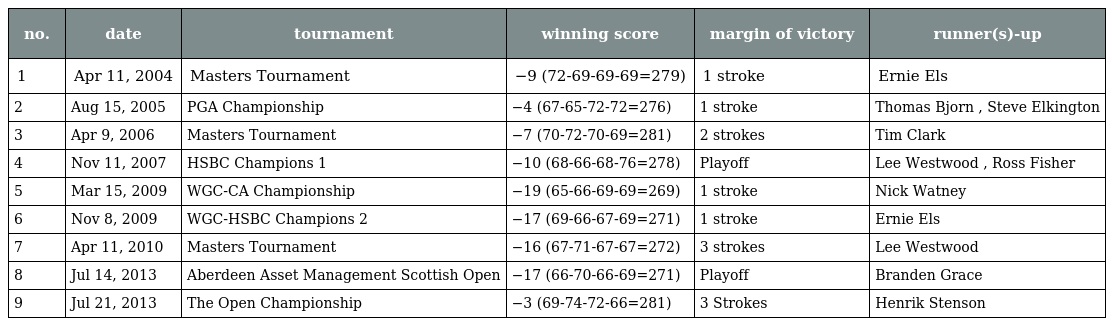
| no. | date | tournament | winning score | margin of victory | runner(s)-up |
 | --- | --- | --- | --- | --- | --- |
 | 1 | Apr 11, 2004 | Masters Tournament | −9 (72-69-69-69=279) | 1 stroke | Ernie Els |
 | 2 | Aug 15, 2005 | PGA Championship | −4 (67-65-72-72=276) | 1 stroke | Thomas Bjorn , Steve Elkington |
 | 3 | Apr 9, 2006 | Masters Tournament | −7 (70-72-70-69=281) | 2 strokes | Tim Clark |
 | 4 | Nov 11, 2007 | HSBC Champions 1 | −10 (68-66-68-76=278) | Playoff | Lee Westwood , Ross Fisher |
 | 5 | Mar 15, 2009 | WGC-CA Championship | −19 (65-66-69-69=269) | 1 stroke | Nick Watney |
 | 6 | Nov 8, 2009 | WGC-HSBC Champions 2 | −17 (69-66-67-69=271) | 1 stroke | Ernie Els |
 | 7 | Apr 11, 2010 | Masters Tournament | −16 (67-71-67-67=272) | 3 strokes | Lee Westwood |
 | 8 | Jul 14, 2013 | Aberdeen Asset Management Scottish Open | −17 (66-70-66-69=271) | Playoff | Branden Grace |
 | 9 | Jul 21, 2013 | The Open Championship | −3 (69-74-72-66=281) | 3 Strokes | Henrik Stenson |